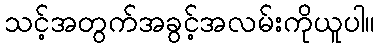
သင့်အတွက်အခွင့်အလမ်းကိုယူပါ။